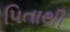
પિતાથી